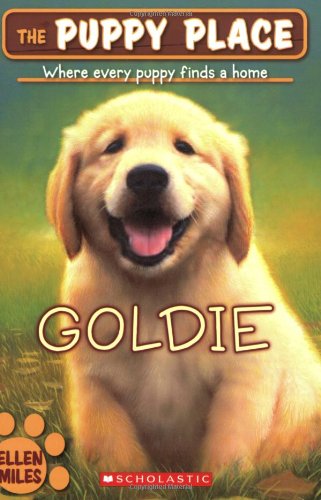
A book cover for Goldie (The Puppy Place); Ellen Miles; Children's Books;